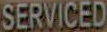
SERVICED